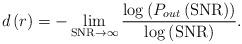
LaTeX: \begin{align*}d\left(r\right)=-\lim_{\mathrm{SNR}\rightarrow\infty}\frac{\log\left(P_{out}\left(\mathrm{SNR}\right)\right)}{\log\left(\mathrm{SNR}\right)}.\end{align*}